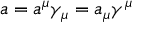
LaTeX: a = a ^ { \mu } \gamma _ { \mu } = a _ { \mu } \gamma ^ { \mu }